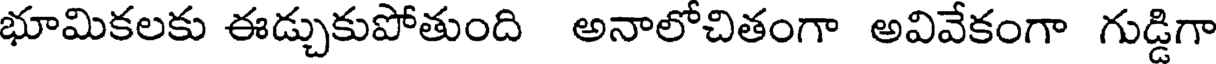
భూమికలకు ఈడ్చుకుపోతుంది అనాలోచితంగా అవివేకంగా గుడ్డిగా